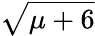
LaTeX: \sqrt{\mu+6}